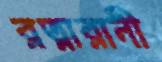
রত্নারানী